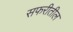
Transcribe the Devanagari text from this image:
सफरीतील